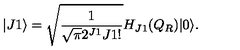
| J 1 \rangle = \sqrt { \frac { 1 } { \sqrt { \pi } 2 ^ { J 1 } J 1 ! } } H _ { J 1 } ( Q _ { R } ) | 0 \rangle .